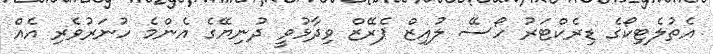
އެތުލެޓިކޯގެ ޑިރެކްޓަރު ހޯސޭ ލުއިޒް ޕެރޭޒް ވިދާޅުވީ ދުނިޔޭގެ އެންމެ ހުނަރުވެރި އެއް